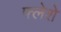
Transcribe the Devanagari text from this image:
फ्लेशे